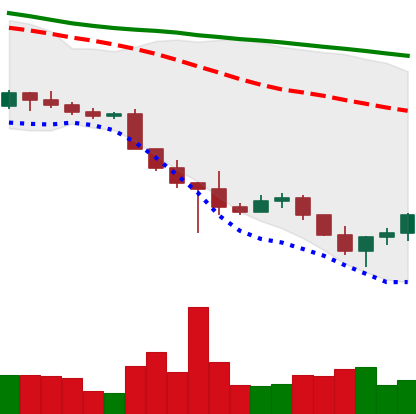
Ticker: ADA-USD
Chart end date: 2022-10-23
Forward return: 11.712%
Label: up_7plus